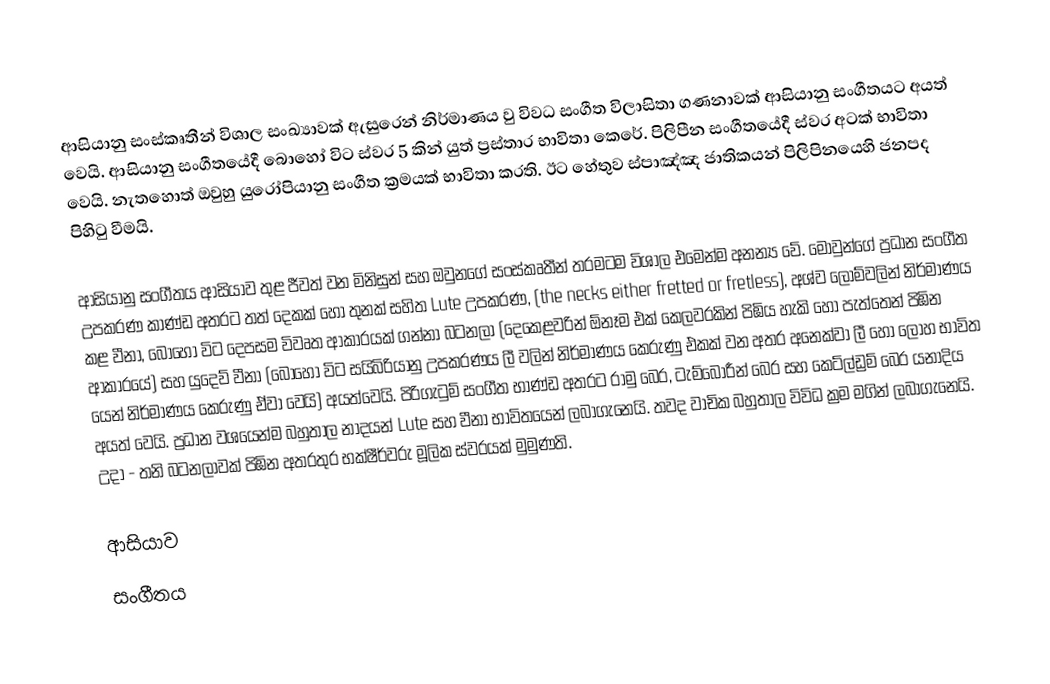
ආසියානු සංස්කෘතීන් විශාල සංඛ්‍යාවක් ඇසුරෙන් නිර්මාණය වු විවධ සංගීත විලාසිතා ගණනාවක් ආසියානු සංගීතයට අයත් වෙයි. ආසියානු සංගීතයේදී බොහෝ විට ස්වර 5 කින් යුත් ප්‍රස්තාර භාවිතා කෙරේ. පිලිපීන සංගීතයේදී ස්වර අටක් භාවිතා වෙයි. නැතහොත් ඔවුහු යුරෝපියානු සංගීත ක්‍රමයක් භාවිතා කරති. ඊට හේතුව ස්පාඤ්ඤ ජාතිකයන් පිලිපිනයෙහි ජනපද පිහිටු වීමයි.

ආසියානු සංගීතය ආසියාව තුළ ජීවත් වන මිනිසුන් සහ ඔවුනගේ සංස්කෘතීන් තරමටම විශාල එමෙන්ම අනන්‍ය වේ. මොවුන්ගේ ප්‍රධාන සංගීත උපකරණ කාණ්ඩ අතරට තත් දෙකක් හෝ තුනක් සහිත Lute උපකරණ, (the necks either fretted or fretless), අශ්ව ලොම්වලින් නිර්මාණය කළ වීනා, බොහෝ විට  දෙපසම විවෘත ආකාරයක් ගන්නා බටනලා (දෙකෙළවරින් ඕනෑම එක් කෙලවරකින් පිඹිය හැකි හෝ පැත්තෙන් පිඹින ආකාරයේ) සහ යුදෙව් වීනා  (බොහෝ විට සයිබිරියානු උපකරණය ලී වලින් නිර්මාණය කෙරුණු එකක් වන අතර අනෙක්වා ලී හෝ ලෝහ භාවිත යෙන් නිර්මාණය කෙ‍රුණු ඒවා වෙයි)  අයත්වෙයි. පිරිගැටුම් සංගීත භාණ්ඩ අතරට රාමු බෙර, ටැම්බොරීන් බෙර සහ කෙට්ල්ඩ්‍රම් බෙර යනාදිය අයත් වෙයි. ප්‍රධාන වශයෙන්ම බහුතාල නාදයන් Lute සහ වීනා භාවිතයෙන් ලබාගැනෙයි. තවද වාචික බහුතාල විවිධ ක්‍රම මගින් ලබාගැනෙයි. උදා - තනි බටනලාවක් පිඹින අතරතුර භක්ෂීර්වරු මූලික ස්වරයක් මුමුණති.

ආසියාව
සංගීතය